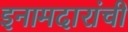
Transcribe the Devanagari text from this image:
इनामदारांची